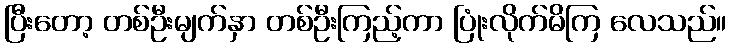
ပြီးတော့ တစ်ဦးမျက်နှာ တစ်ဦးကြည့်ကာ ပြုံးလိုက်မိကြ လေသည်။